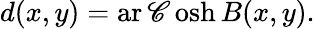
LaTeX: d(x,y)=\operatorname{ar\mathscr{C}osh}B(x,y).